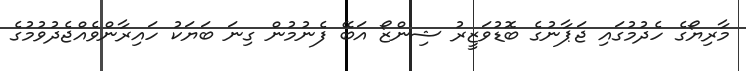
މާރިޔޯގެ ހެދުމުގައި ޖަޕާނުގެ ބޮޑުވަޒީރު ޝިންޒޯ އަބޭ ފެނުމުން ގިނަ ބަޔަކު ހައިރާންވެއްޖެދުވުމުގެ